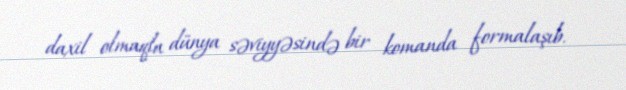
daxil olmaqla dünya səviyyəsində bir komanda formalaşıb.